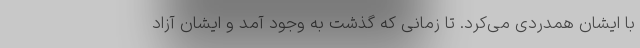
با ایشان همدردی می‌کرد. تا زمانی که گذشت به وجود آمد و ایشان آزاد